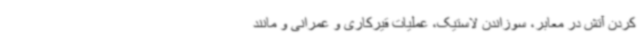
کردن آتش در معابر، سوزاندن لاستیک، عملیات قیرکاری و عمرانی و مانند